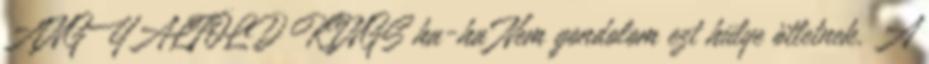
ANGYALFÖLD KINGS ha-ha Nem gondolom ezt hülye ötletnek. A